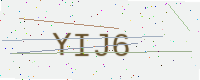
Text: YIJ6